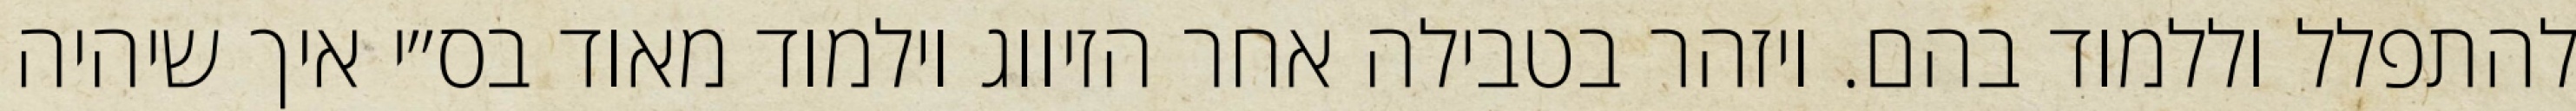
להתפלל וללמוד בהם. ויזהר בטבילה אחר הזיווג וילמוד מאוד בס״י איך שיהיה